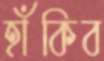
হাঁকিব